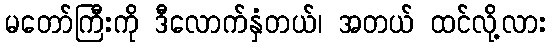
မတော်ကြီးကို ဒီလောက်နှံတယ်၊ အတယ် ထင်လို့လား